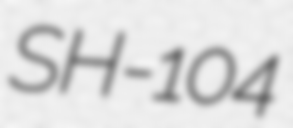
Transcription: SH-104